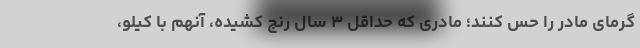
گرمای مادر را حس کنند؛ مادری که حداقل ۳ سال رنج کشیده، آنهم با کیلو،